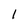
Character: 1